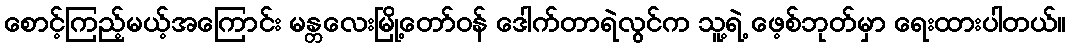
စောင့်ကြည့်မယ့်အကြောင်း မန္တလေးမြို့တော်ဝန် ဒေါက်တာရဲလွင်က သူ့ရဲ့ ဖေ့စ်ဘုတ်မှာ ရေးထားပါတယ်။